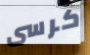
كرسى